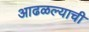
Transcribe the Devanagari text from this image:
आढळल्याची